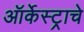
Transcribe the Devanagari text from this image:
ऑर्केस्ट्राचे